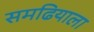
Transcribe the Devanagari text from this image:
समढियाला